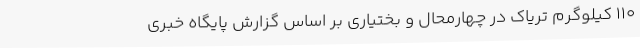
110 کیلوگرم تریاک در چهارمحال و بختیاری بر اساس گزارش پایگاه خبری